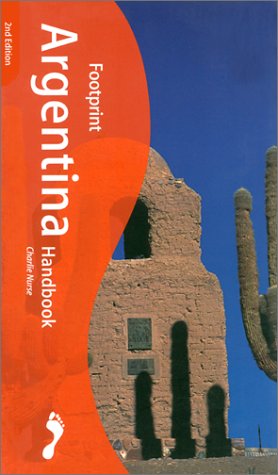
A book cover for Footprint Argentina Handbook : The Travel Guide; Charlie Nurse; Travel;